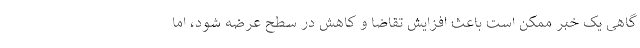
گاهی یک خبر ممکن است باعث افزایش تقاضا و کاهش در سطح عرضه شود، اما